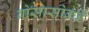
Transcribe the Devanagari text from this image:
बोसासोकडे